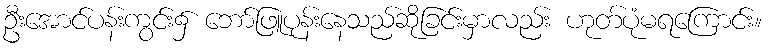
ဦးအောင်ပန်းကွင်း၌ ဘော်ဖြူပုန်းနေသည်ဆိုခြင်းမှာလည်း ဟုတ်ပုံမရကြောင်း။